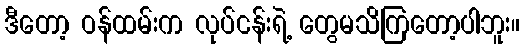
ဒီတော့ ဝန်ထမ်းက လုပ်ငန်းရဲ့ တွေမသိကြတော့ပါဘူး။